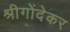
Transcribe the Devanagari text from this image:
श्रीगोंदेकर